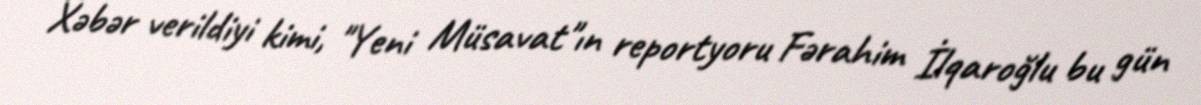
Xəbər verildiyi kimi, "Yeni Müsavat"ın reportyoru Fərahim İlqaroğlu bu gün